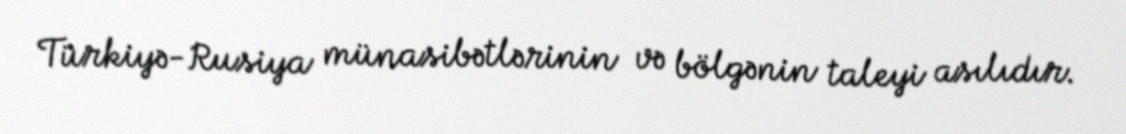
Türkiyə-Rusiya münasibətlərinin və bölgənin taleyi asılıdır.